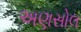
અણસોલ